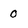
Character: 0